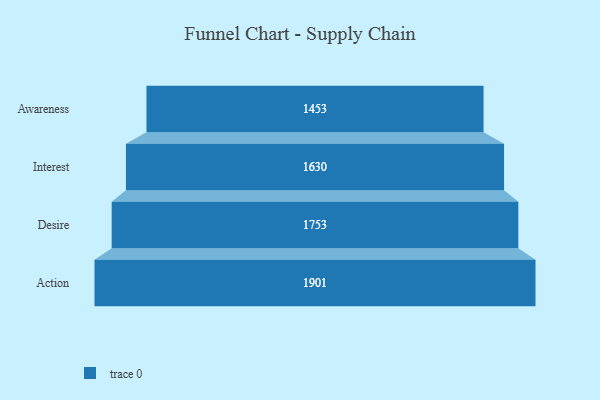
{"axis": {"x": "Stage", "y": "Value"}, "legend": [""], "data": [{"x": "Awareness", "y": 1453.0, "type": ""}, {"x": "Interest", "y": 1630.0, "type": ""}, {"x": "Desire", "y": 1753.0, "type": ""}, {"x": "Action", "y": 1901.0, "type": ""}]}